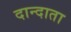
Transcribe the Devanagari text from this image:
दान्दाता